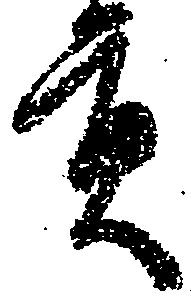
貢